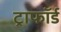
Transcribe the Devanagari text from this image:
ट्राफॉर्ड